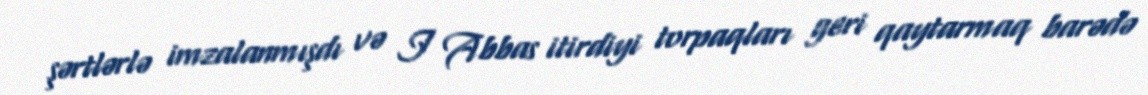
şərtlərlə imzalanmışdı və I Abbas itirdiyi torpaqları geri qaytarmaq barədə